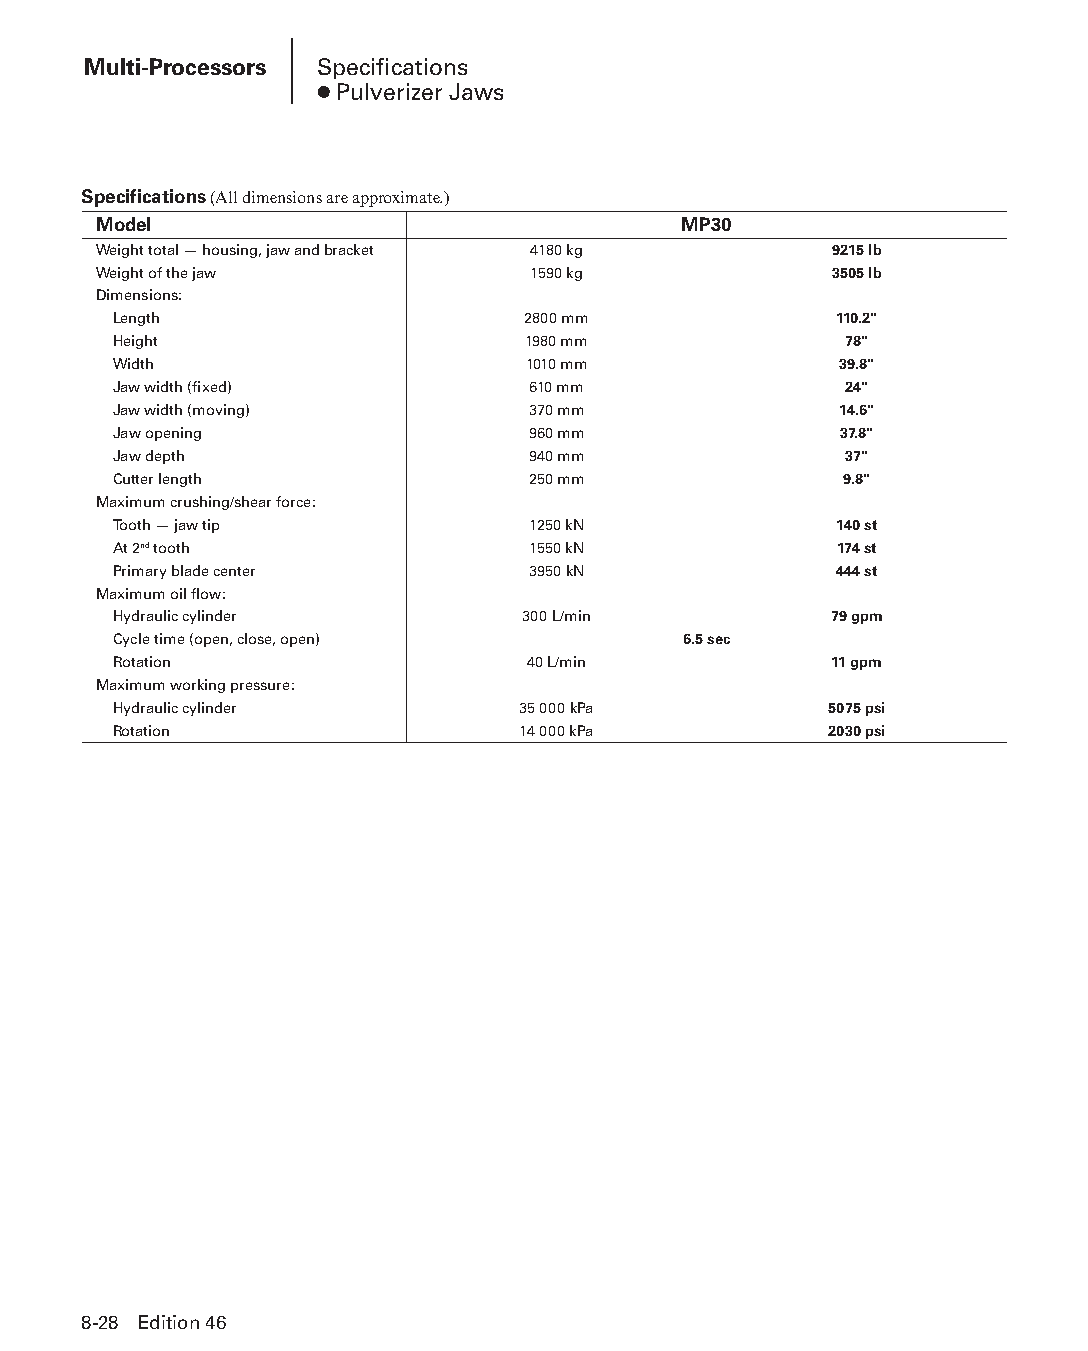
Multi-Processors Specifications
 ● Pulverizer Jaws
 Specifications (All dimensions are approximate.)
 Model                                 MP30
 Weight total — housing, jaw and bracket 4180 kg 9215 lb
 Weight of the jaw           1590 kg             3505 lb
 Dimensions:
 Length                     2800 mm              110.2"
 Height                     1980 mm              78"
 Width                      1010 mm              39.8"
 Jaw width (fixed)          610 mm               24"
 Jaw width (moving)         370 mm               14.6"
 Jaw opening                960 mm               37.8"
 Jaw depth                  940 mm               37"
 Cutter length              250 mm               9.8"
 Maximum crushing/shear force:
 Tooth — jaw tip            1250 kN              140 st
 At 2nd tooth               1550 kN              174 st
 Primary blade center       3950 kN              444 st
 Maximum oil flow:
 Hydraulic cylinder         300 L/min           79 gpm
 Cycle time (open, close, open)        6.5 sec
 Rotation                   40 L/min            11 gpm
 Maximum working pressure:
 Hydraulic cylinder         35 000 kPa          5075 psi
 Rotation                   14 000 kPa          2030 psi
 8-28 Edition 46
 PPHHBB--SSeecc0088--1166..iinndddd 2288                        1122//44//1155 1100::4400 AAMM